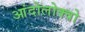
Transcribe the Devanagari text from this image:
आंदोलोक्वो